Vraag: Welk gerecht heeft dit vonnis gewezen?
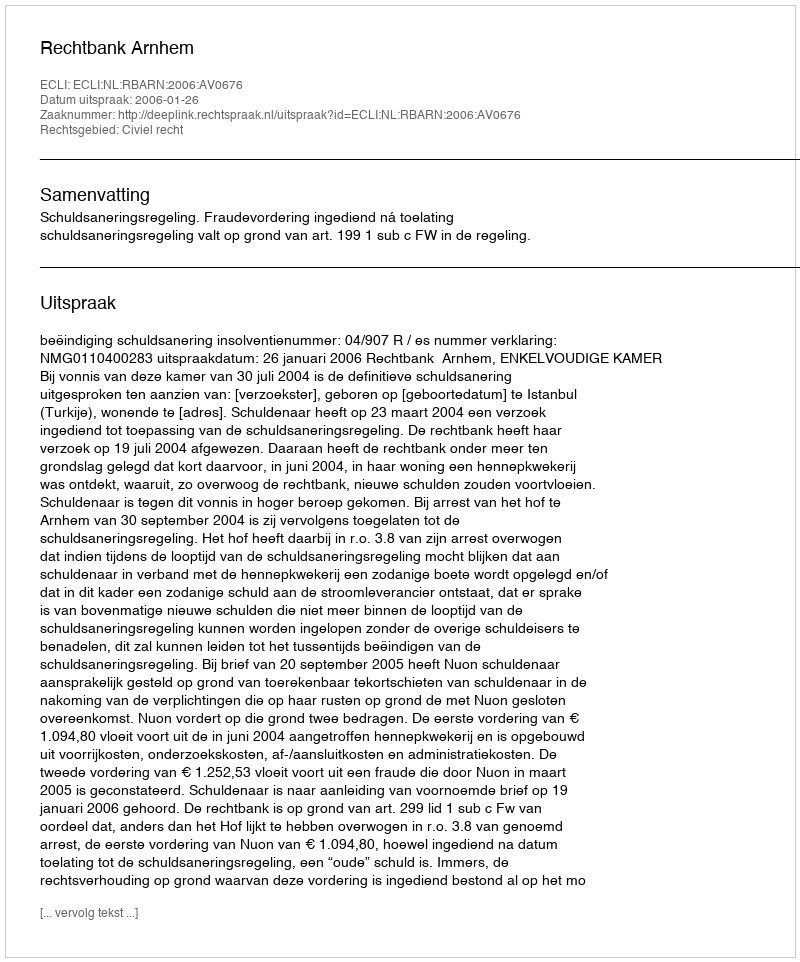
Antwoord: Rechtbank Arnhem